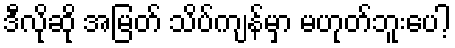
ဒီလိုဆို အမြတ် သိပ်ကျန်မှာ မဟုတ်ဘူးပေါ့